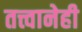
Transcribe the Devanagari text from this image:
तत्त्वानेही